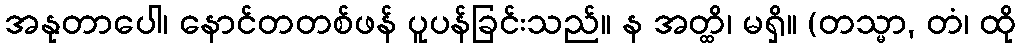
အနုတာပေါ၊ နောင်တတစ်ဖန် ပူပန်ခြင်းသည်။ န အတ္ထိ၊ မရှိ။ (တသ္မာ, တံ၊ ထို